Civil Veterinary Department. Central Provinces & Berar 1925-31 - 1925-1931
Year: 1925
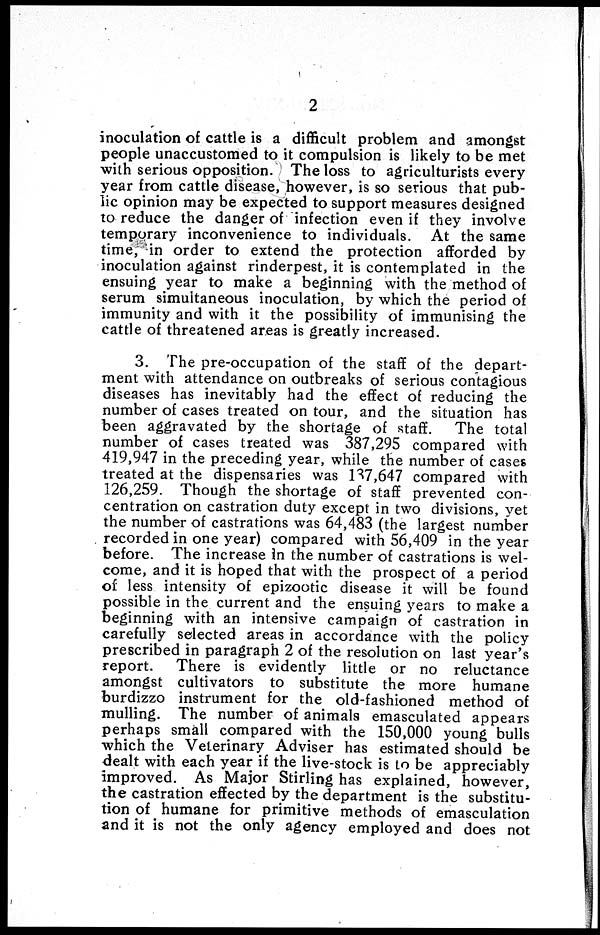
2
inoculation of cattle is a difficult problem and amongst
people unaccustomed to it compulsion is likely to be met
with serious opposition. The loss to agriculturists every
year from cattle disease, however, is so serious that pub-
lic opinion may be expected to support measures designed
to reduce the danger of infection even if they involve
temporary inconvenience to individuals. At the same
time, in order to extend the protection afforded by
inoculation against rinderpest, it is contemplated in the
ensuing year to make a beginning with the method of
serum simultaneous inoculation, by which the period of
immunity and with it the possibility of immunising the
cattle of threatened areas is greatly increased.
3. The pre-occupation of the staff of the depart-
ment with attendance on outbreaks of serious contagious
diseases has inevitably had the effect of reducing the
number of cases treated on tour, and the situation has
been aggravated by the shortage of staff. The total
number of cases treated was 387,295 compared with
419,947 in the preceding year, while the number of cases
treated at the dispensaries was 137,647 compared with
126,259. Though the shortage of staff prevented con-
centration on castration duty except in two divisions, yet
the number of castrations was 64,483 (the largest number
recorded in one year) compared with 56,409 in the year
before. The increase in the number of castrations is wel-
come, and it is hoped that with the prospect of a period
of less intensity of epizootic disease it will be found
possible in the current and the ensuing years to make a
beginning with an intensive campaign of castration in
carefully selected areas in accordance with the policy
prescribed in paragraph 2 of the resolution on last year's
report.
There is evidently little or no reluctance
amongst cultivators to substitute the more humane
burdizzo instrument for the old-fashioned method of
mulling. The number of animals emasculated appears
perhaps small compared with the 150,000 young bulls
which the Veterinary Adviser has estimated should be
dealt with each year if the live-stock is to be appreciably
improved. As Major Stirling has explained, however,
the castration effected by the department is the substitu-
tion of humane for primitive methods of emasculation
and it is not the only agency employed and does not